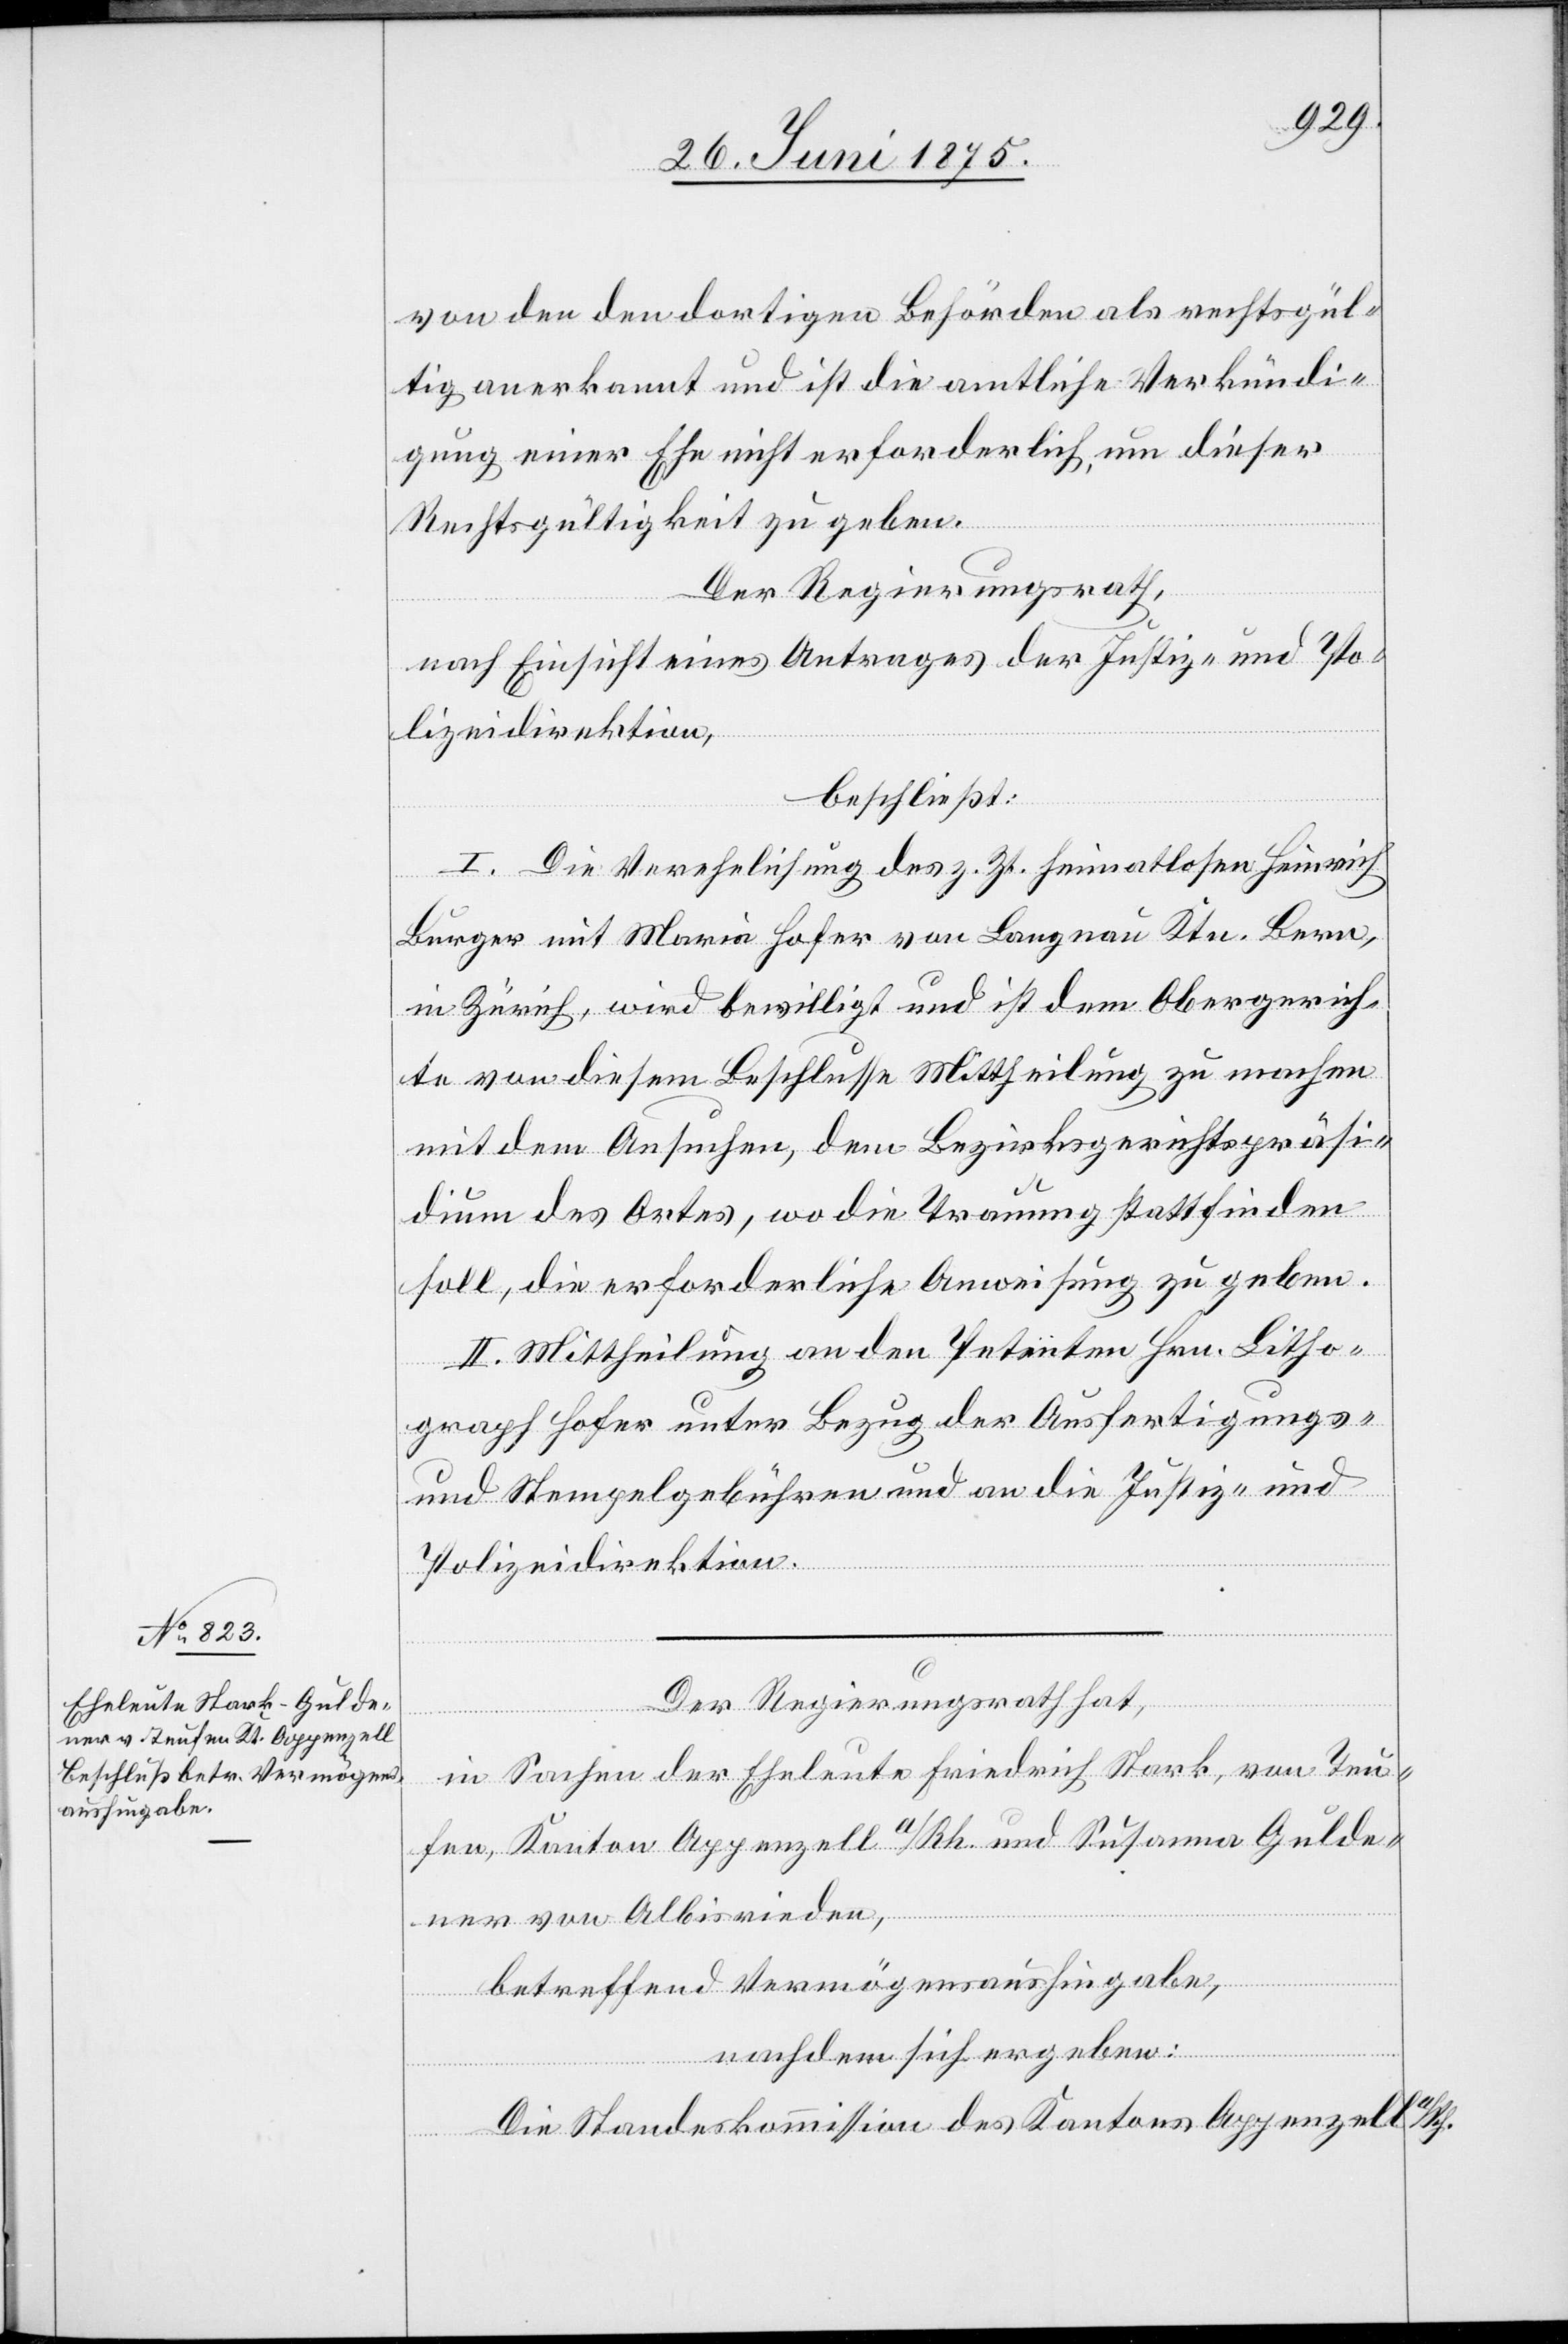
von den dortigen Behörden als rechtsgül¬
tig anerkannt und ist die amtliche Verkündi¬
gung einer Ehe nicht erforderlich, um dieser
Rechtsgültigkeit zu geben.
Der Regierungsrath,
nach Einsicht eines Antrages der justiz- und Po¬
lizeidirektion,
beschließt:
I. Die Verehelichung des z. Zt. heimatlosen Heinrich
Burger mit Maria Hofer von Langnau Ktn. Bern,
in Zürich, wird bewilligt und ist dem Obergerich¬
te von diesem Beschlusse Mittheilung zu machen
mit dem Ansuchen, dem Bezirksgerichtspräsi¬
dium des Ortes, wo die Trauung stattfinden
soll, die erforderliche Anweisung zu geben.
II. Mittheilung an den Petenten Hrn. Litho¬
graph Hofer unter Bezug der Ausfertigungs-
und Stempelgebühren und an die Justiz- und
Polizeidirektion.
Der Regierungsrath hat,
in Sachen der Eheleute Friedrich Stark, von Teu¬
fen, Kanton Appenzell a/Rh. und Susanna Gulde¬
ner von Albisrieden,
betreffend Vermögensaushingabe,
nachdem sich ergeben:
Die Standeskommission des Kantons Appenzell a/Rh.